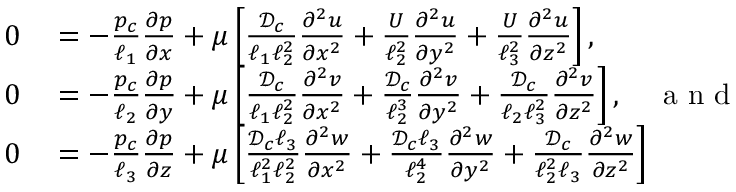
\begin{array} { r l } { 0 } & { { } = - \frac { p _ { c } } { \ell _ { 1 } } \frac { \partial p } { \partial x } + \mu \left[ \frac { { \mathcal { D } } _ { c } } { \ell _ { 1 } \ell _ { 2 } ^ { 2 } } \frac { \partial ^ { 2 } u } { \partial x ^ { 2 } } + \frac { U } { \ell _ { 2 } ^ { 2 } } \frac { \partial ^ { 2 } u } { \partial y ^ { 2 } } + \frac { U } { \ell _ { 3 } ^ { 2 } } \frac { \partial ^ { 2 } u } { \partial z ^ { 2 } } \right] , } \\ { 0 } & { { } = - \frac { p _ { c } } { \ell _ { 2 } } \frac { \partial p } { \partial y } + \mu \left[ \frac { { \mathcal { D } } _ { c } } { \ell _ { 1 } \ell _ { 2 } ^ { 2 } } \frac { \partial ^ { 2 } v } { \partial x ^ { 2 } } + \frac { { \mathcal { D } } _ { c } } { \ell _ { 2 } ^ { 3 } } \frac { \partial ^ { 2 } v } { \partial y ^ { 2 } } + \frac { { \mathcal { D } } _ { c } } { \ell _ { 2 } \ell _ { 3 } ^ { 2 } } \frac { \partial ^ { 2 } v } { \partial z ^ { 2 } } \right] , \quad \mathrm { ~ a ~ n ~ d ~ } } \\ { 0 } & { { } = - \frac { p _ { c } } { \ell _ { 3 } } \frac { \partial p } { \partial z } + \mu \left[ \frac { { \mathcal { D } } _ { c } \ell _ { 3 } } { \ell _ { 1 } ^ { 2 } \ell _ { 2 } ^ { 2 } } \frac { \partial ^ { 2 } w } { \partial x ^ { 2 } } + \frac { { \mathcal { D } } _ { c } \ell _ { 3 } } { \ell _ { 2 } ^ { 4 } } \frac { \partial ^ { 2 } w } { \partial y ^ { 2 } } + \frac { { \mathcal { D } } _ { c } } { \ell _ { 2 } ^ { 2 } \ell _ { 3 } } \frac { \partial ^ { 2 } w } { \partial z ^ { 2 } } \right] } \end{array}